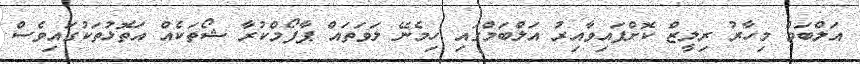
އަލްބަމް މިހާރު ރިލީޒް ކޮށްފައިވާއިރު އަލްބަމްގައި ހިމެނޭ ލަވަތައް ޕާފޯމްކުރާ ޝޯތަކެއް އަތޮޅުތަކުގައިވެސް